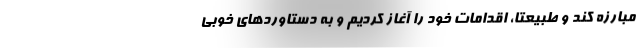
مبارزه کند و طبیعتا، اقدامات خود را آغاز کردیم و به دستاوردهای خوبی